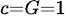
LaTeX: \scriptstyle c=G=1